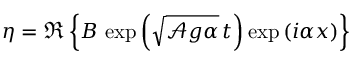
\eta = \Re \left\{ B \, \exp \left( { \sqrt { { \mathcal { A } } g \alpha } } \, t \right) \exp \left( i \alpha x \right) \right\}